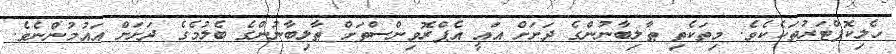
ހެލިކޮޕްޓަރުތަކެކެވެ. މިތަކެތި ޠާލިބާނުންގެ ދަށަށް އައީ އެޕްރޮވިންސްތަށް ޠާލިބާނުންގެ ބެލުމެގެ ދަށަށް އައުމުންނެވެ.